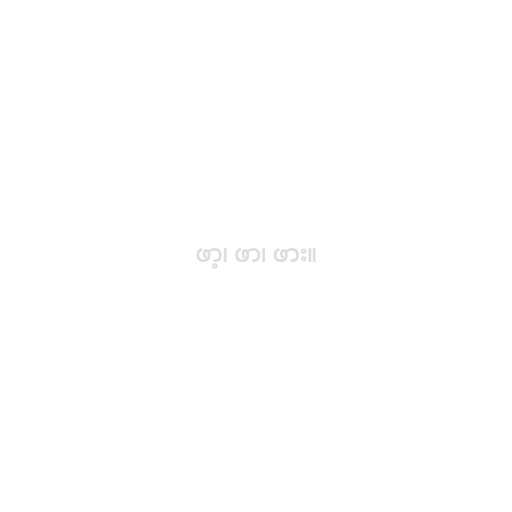
ဖာ့၊ ဖာ၊ ဖား။